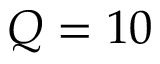
Q = 1 0